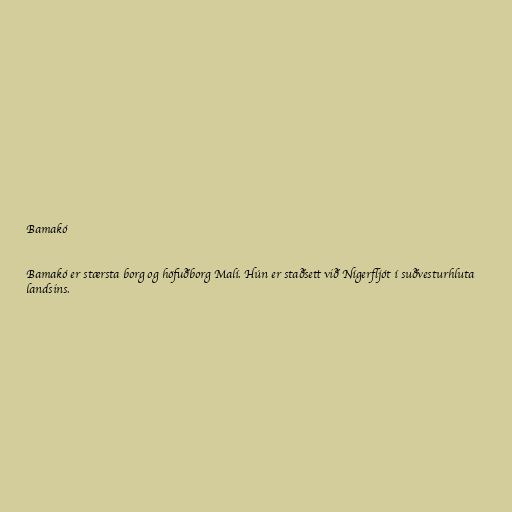
Bamakó

Bamakó er stærsta borg og höfuðborg Malí. Hún er staðsett við Nígerfljót í suðvesturhluta
landsins.